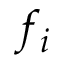
f _ { i }